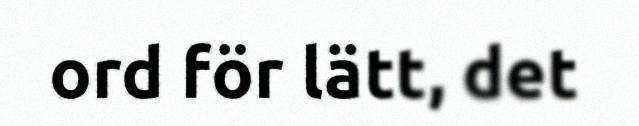
ord för lätt, det